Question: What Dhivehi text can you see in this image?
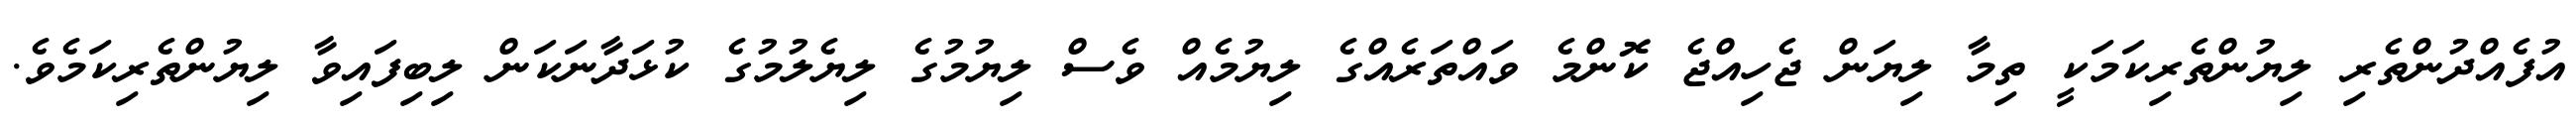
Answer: އުފެއްދުންތެރި ލިޔުންތެރިކަމަކީ ތިމާ ލިޔަން ޖެހިއްޖެ ކޮންމެ ވައްތަރެއްގެ ލިޔުމެއް ވެސް ލިޔުމުގެ ލިޔެލުމުގެ ކުޅަދާނަކަން ލިބިފައިވާ ލިޔުންތެރިކަމެވެ.